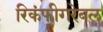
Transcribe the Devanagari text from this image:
रिकंफीगरेबल